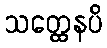
သတ္ထေနပိ